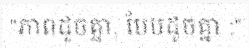
"ភាពដូចគ្នា, បែបដូចគ្នា :"